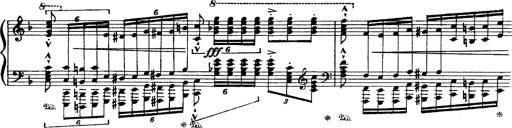
Title: Paraphrase de concert sur Ernani II
Composer: Franz Liszt